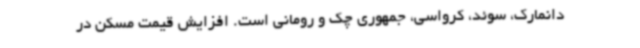
دانمارک، سوئد، کرواسی، جمهوری چک و رومانی است. افزایش قیمت مسکن در